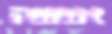
אמנה